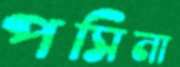
পসিনা